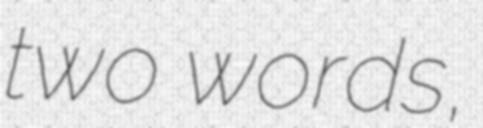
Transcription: two words,